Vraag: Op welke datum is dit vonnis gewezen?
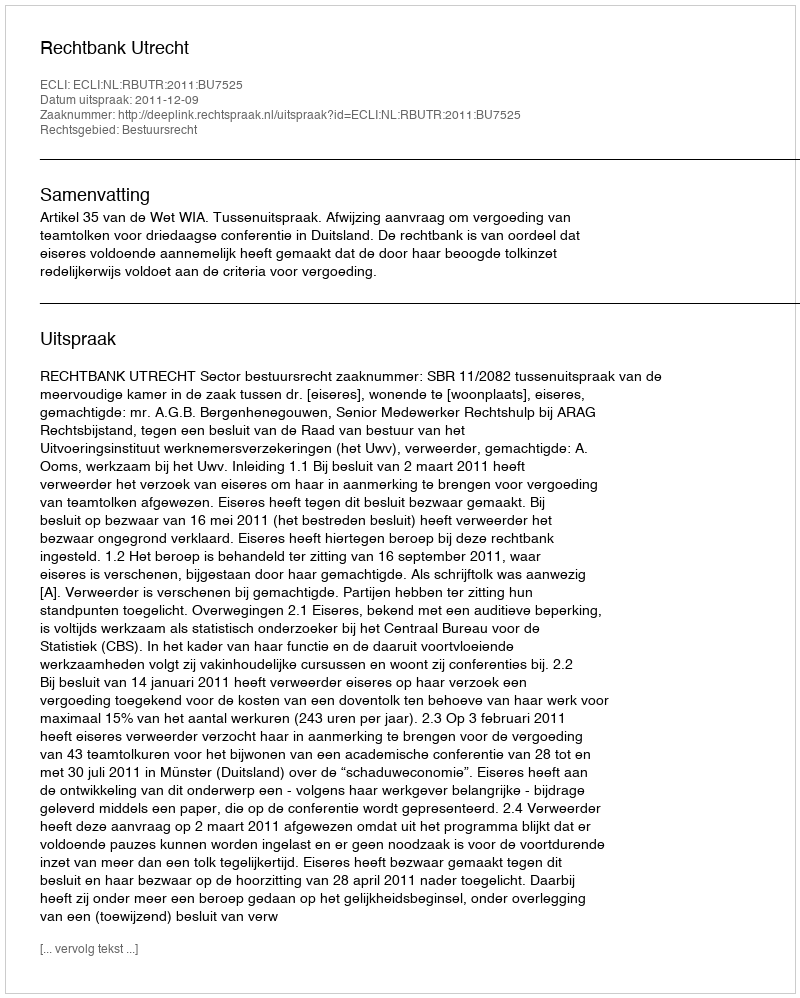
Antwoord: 2011-12-09